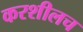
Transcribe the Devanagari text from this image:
करशीलच